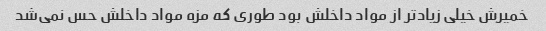
خمیرش خیلی زیادتر از مواد داخلش بود طوری که مزه‌ مواد داخلش حس نمی‌شد